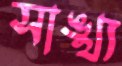
সাঙ্খ্য